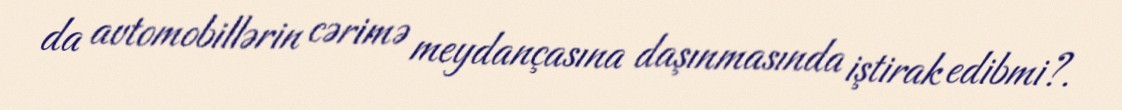
da avtomobillərin cərimə meydançasına daşınmasında iştirak edibmi?.